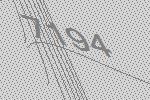
7194